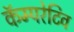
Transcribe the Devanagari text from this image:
कॅम्परेटिव